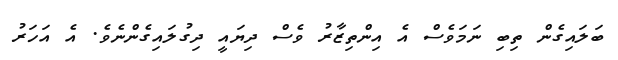
ބަލައިގެން ތިބި ނަމަވެސް އެ އިންތިޒާރު ވެސް ދިޔައީ ދިގުލައިގެންނެވެ. އެ އަހަރު